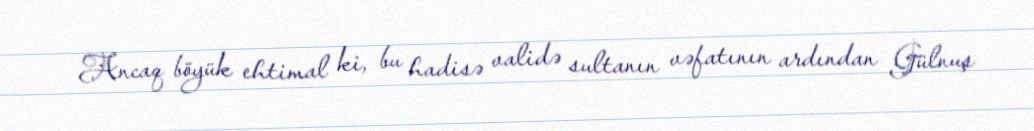
Ancaq böyük ehtimal ki, bu hadisə validə sultanın vəfatının ardından Gülnuş